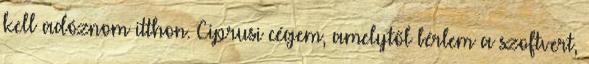
kell adóznom itthon. Ciprusi cégem, amelytől bérlem a szoftvert,